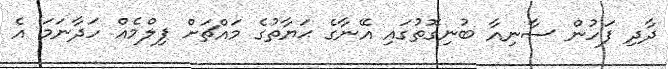
ދާދި ފަހުން ސާނިއާ ބުނިގޮތުގައި އޭނާގެ ޙަޔާތުގެ މައްޗަށް ފިލްމެއް ހަދާނަމަ އެ